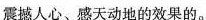
震撼人心、感天动地的效果的。